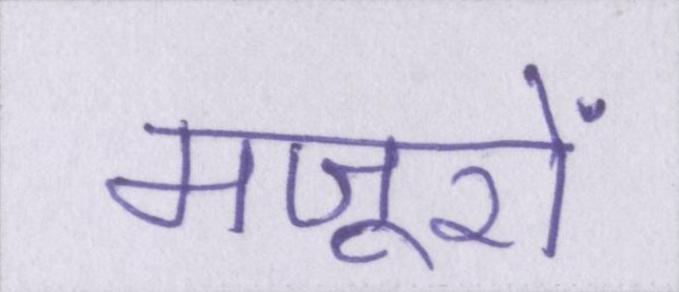
मजूरों